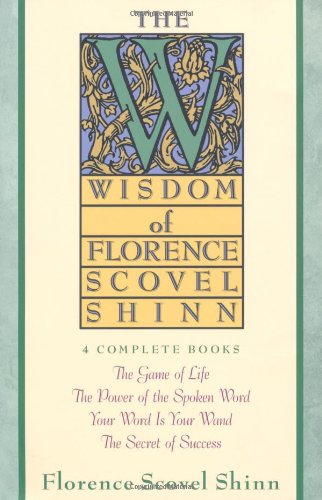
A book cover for The Wisdom of Florence Scovel Shinn: 4 Complete Books; Florence Scovel Shinn; Religion & Spirituality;